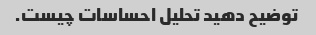
توضیح دهید تحلیل احساسات چیست.